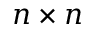
n \times n